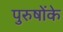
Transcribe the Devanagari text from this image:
पुरुषोंके